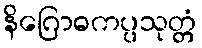
နိဂြောဓကပ္ပသုတ္တံ